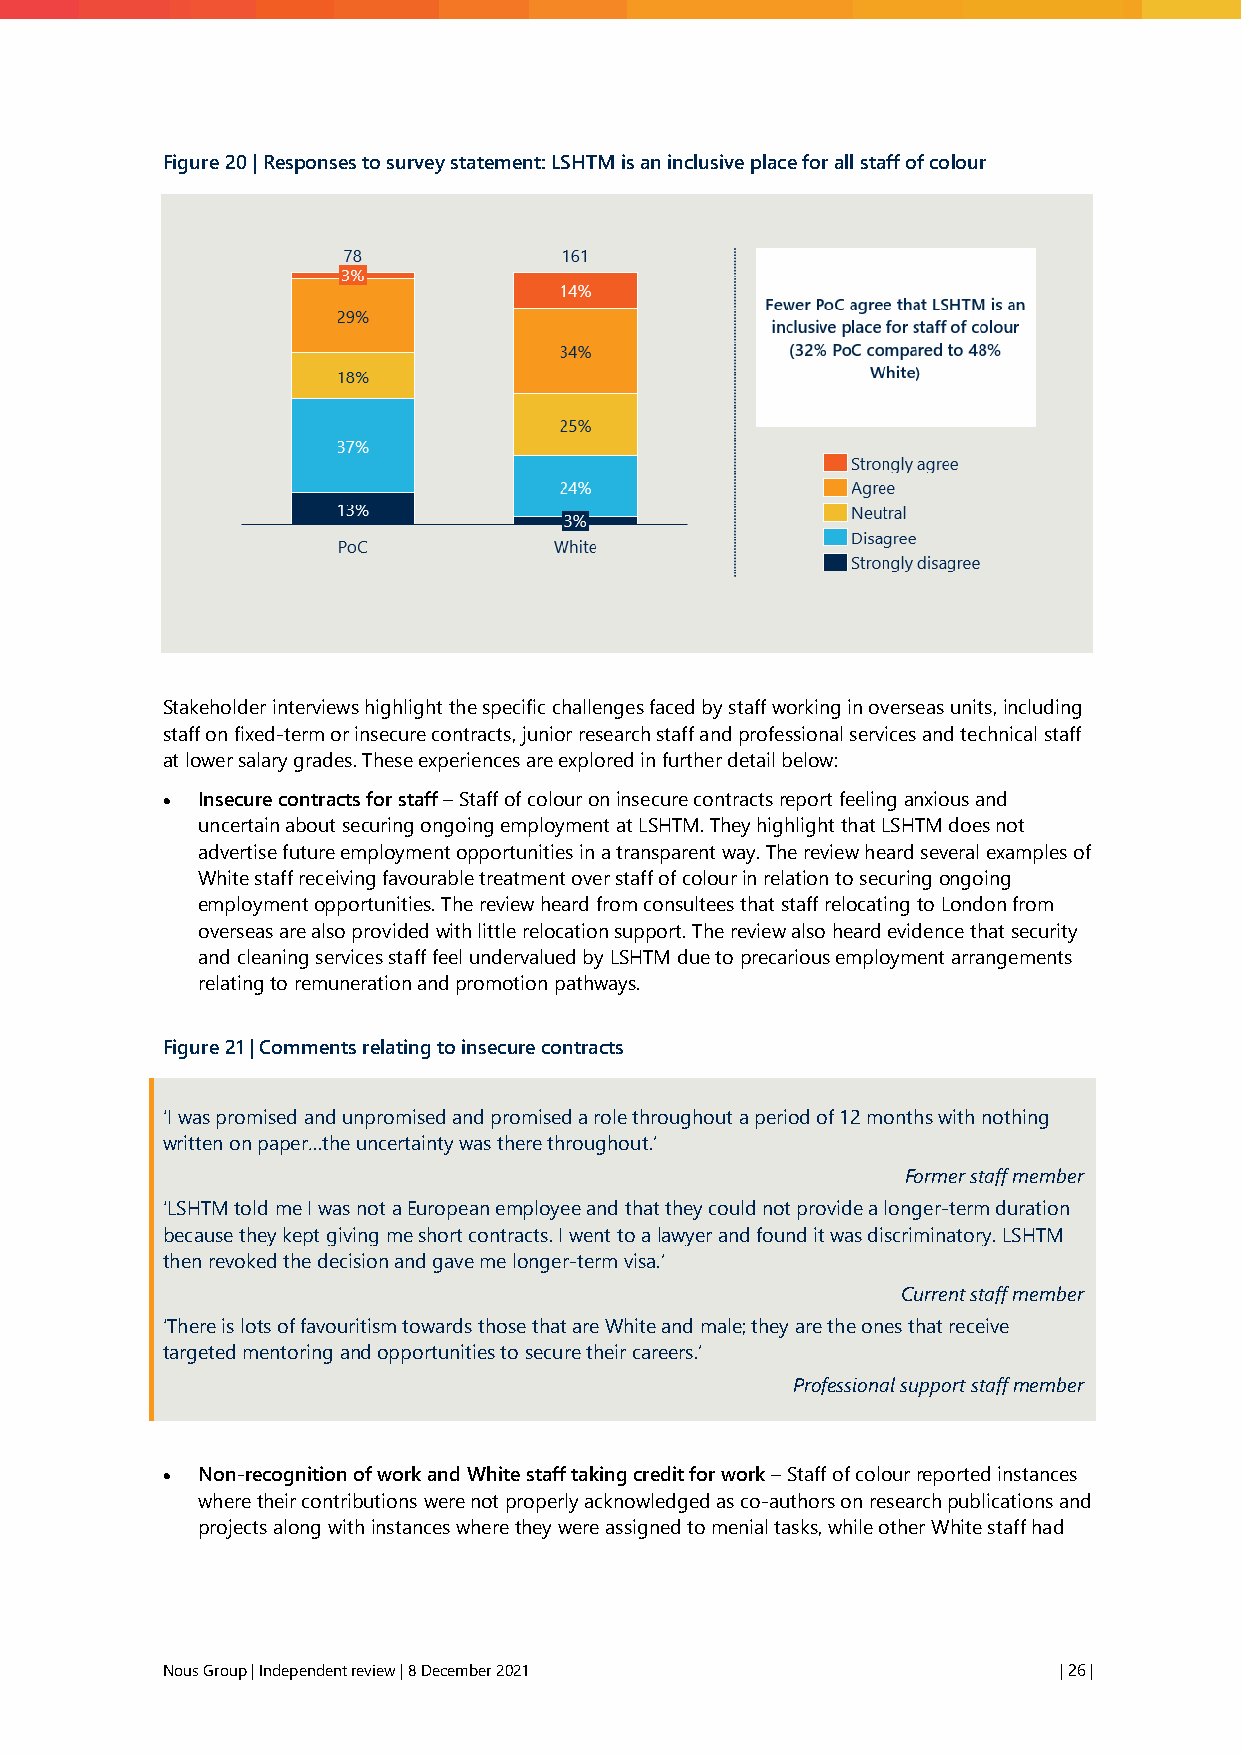
Figure 20 | Responses to survey statement: LSHTM is an inclusive place for all staff of colour
 Stakeholder interviews highlight the specific challenges faced by staff working in overseas units, including
 staff on fixed-term or insecure contracts, junior research staff and professional services and technical staff
 at lower salary grades. These experiences are explored in further detail below:
 • Insecure contracts for staff – Staff of colour on insecure contracts report feeling anxious and
 uncertain about securing ongoing employment at LSHTM. They highlight that LSHTM does not
 advertise future employment opportunities in a transparent way. The review heard several examples of
 White staff receiving favourable treatment over staff of colour in relation to securing ongoing
 employment opportunities. The review heard from consultees that staff relocating to London from
 overseas are also provided with little relocation support. The review also heard evidence that security
 and cleaning services staff feel undervalued by LSHTM due to precarious employment arrangements
 relating to remuneration and promotion pathways.
 Figure 21 | Comments relating to insecure contracts
 ‘I was promised and unpromised and promised a role throughout a period of 12 months with nothing
 written on paper…the uncertainty was there throughout.’
 Former staff member
 ‘LSHTM told me I was not a European employee and that they could not provide a longer-term duration
 because they kept giving me short contracts. I went to a lawyer and found it was discriminatory. LSHTM
 then revoked the decision and gave me longer-term visa.’
 Current staff member
 ‘There is lots of favouritism towards those that are White and male; they are the ones that receive
 targeted mentoring and opportunities to secure their careers.’
 Professional support staff member
 • Non-recognition of work and White staff taking credit for work – Staff of colour reported instances
 where their contributions were not properly acknowledged as co-authors on research publications and
 projects along with instances where they were assigned to menial tasks, while other White staff had
 Nous Group | Independent review | 8 December 2021          | 26 |